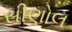
સીણોલ